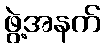
ဖွဲ့အနက်